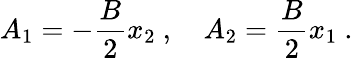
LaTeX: A_{1}=-\frac{B}{2}x_{2}\ ,\quad A_{2}=\frac{B}{2}x_{1}\ .